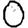
Digit: 0